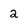
Character: 2